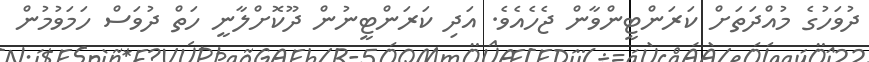
ދުވަހުގެ މުއްދަތަށް ކަަރަންޓީންވާން ޖެހެއެވެ. އަދި ކަަަރަންޓީނުން ދޫކޮށްލާނީ ހަތް ދުވަސް ހަމަވުމުން